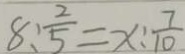
8 : \frac { 2 } { 5 } = x : \frac { 7 } { 1 0 }